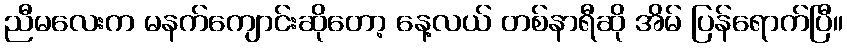
ညီမလေးက မနက်ကျောင်းဆိုတော့ နေ့လယ် တစ်နာရီဆို အိမ် ပြန်ရောက်ပြီ။